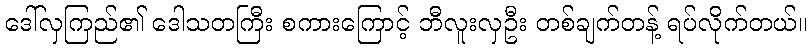
ဒေါ်လှကြည်၏ ဒေါသတကြီး စကားကြောင့် ဘီလူးလှဦး တစ်ချက်တန့် ရပ်လိုက်တယ်။